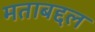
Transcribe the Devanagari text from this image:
मताबद्दल